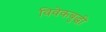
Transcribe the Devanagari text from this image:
विवेकबुद्धी